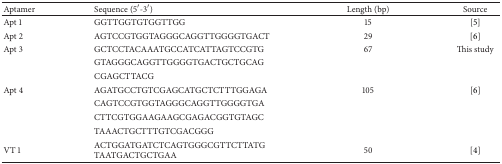
<table><thead><tr><td><b>Aptamer</b></td><td><b>Sequence (5′-3′)</b></td><td><b>Length (bp)</b></td><td><b>Source</b></td></tr></thead><tbody><tr><td>Apt 1</td><td>GGTTGGTGTGGTTGG</td><td>15</td><td>[5]</td></tr><tr><td>Apt 2</td><td>AGTCCGTGGTAGGGCAGGTTGGGGTGACT</td><td>29</td><td>[6]</td></tr><tr><td>Apt 3</td><td>GCTCCTACAAATGCCATCATTAGTCCGTG </td><td>67</td><td>This study</td></tr><tr><td> </td><td>GTAGGGCAGGTTGGGGTGACTGCTGCAG </td><td> </td><td> </td></tr><tr><td> </td><td>CGAGCTTACG</td><td> </td><td> </td></tr><tr><td>Apt 4</td><td>AGATGCCTGTCGAGCATGCTCTTTGGAGA </td><td>105</td><td>[6]</td></tr><tr><td> </td><td>CAGTCCGTGGTAGGGCAGGTTGGGGTGA</td><td> </td><td> </td></tr><tr><td> </td><td>CTTCGTGGAAGAAGCGAGACGGTGTAGC</td><td> </td><td> </td></tr><tr><td> </td><td>TAAACTGCTTTGTCGACGGG</td><td> </td><td> </td></tr><tr><td>VT 1</td><td>ACTGGATGATCTCAGTGGGCGTTCTTATG TAATGACTGCTGAA</td><td>50</td><td>[4]</td></tr></tbody></table>